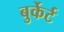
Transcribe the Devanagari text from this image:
बुर्केर्ट